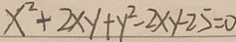
x ^ { 2 } + 2 x y + y ^ { 2 } - 2 x y - 2 5 = 0